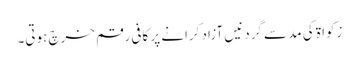
زکواۃ کی مد سے گردنیں آزاد کرانے پر کافی رقم خرچ ہوتی۔